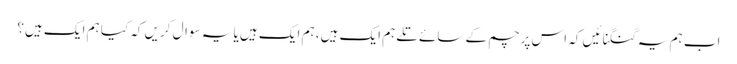
اب ہم یہ گنگنائیں کہ اس پرچم کے سائے تلے ہم ایک ہیں، ہم ایک ہیں یا یہ سوال کریں کہ کیا ہم ایک ہیں؟